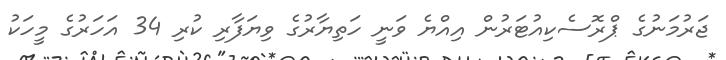
ޖަރުމަނުގެ ޕްރޮސެކިއުޓަރުން އިއްޔެ ވަނީ ހަތިޔާރުގެ ވިޔަފާރި ކުރި 34 އަހަރުގެ މީހަކު